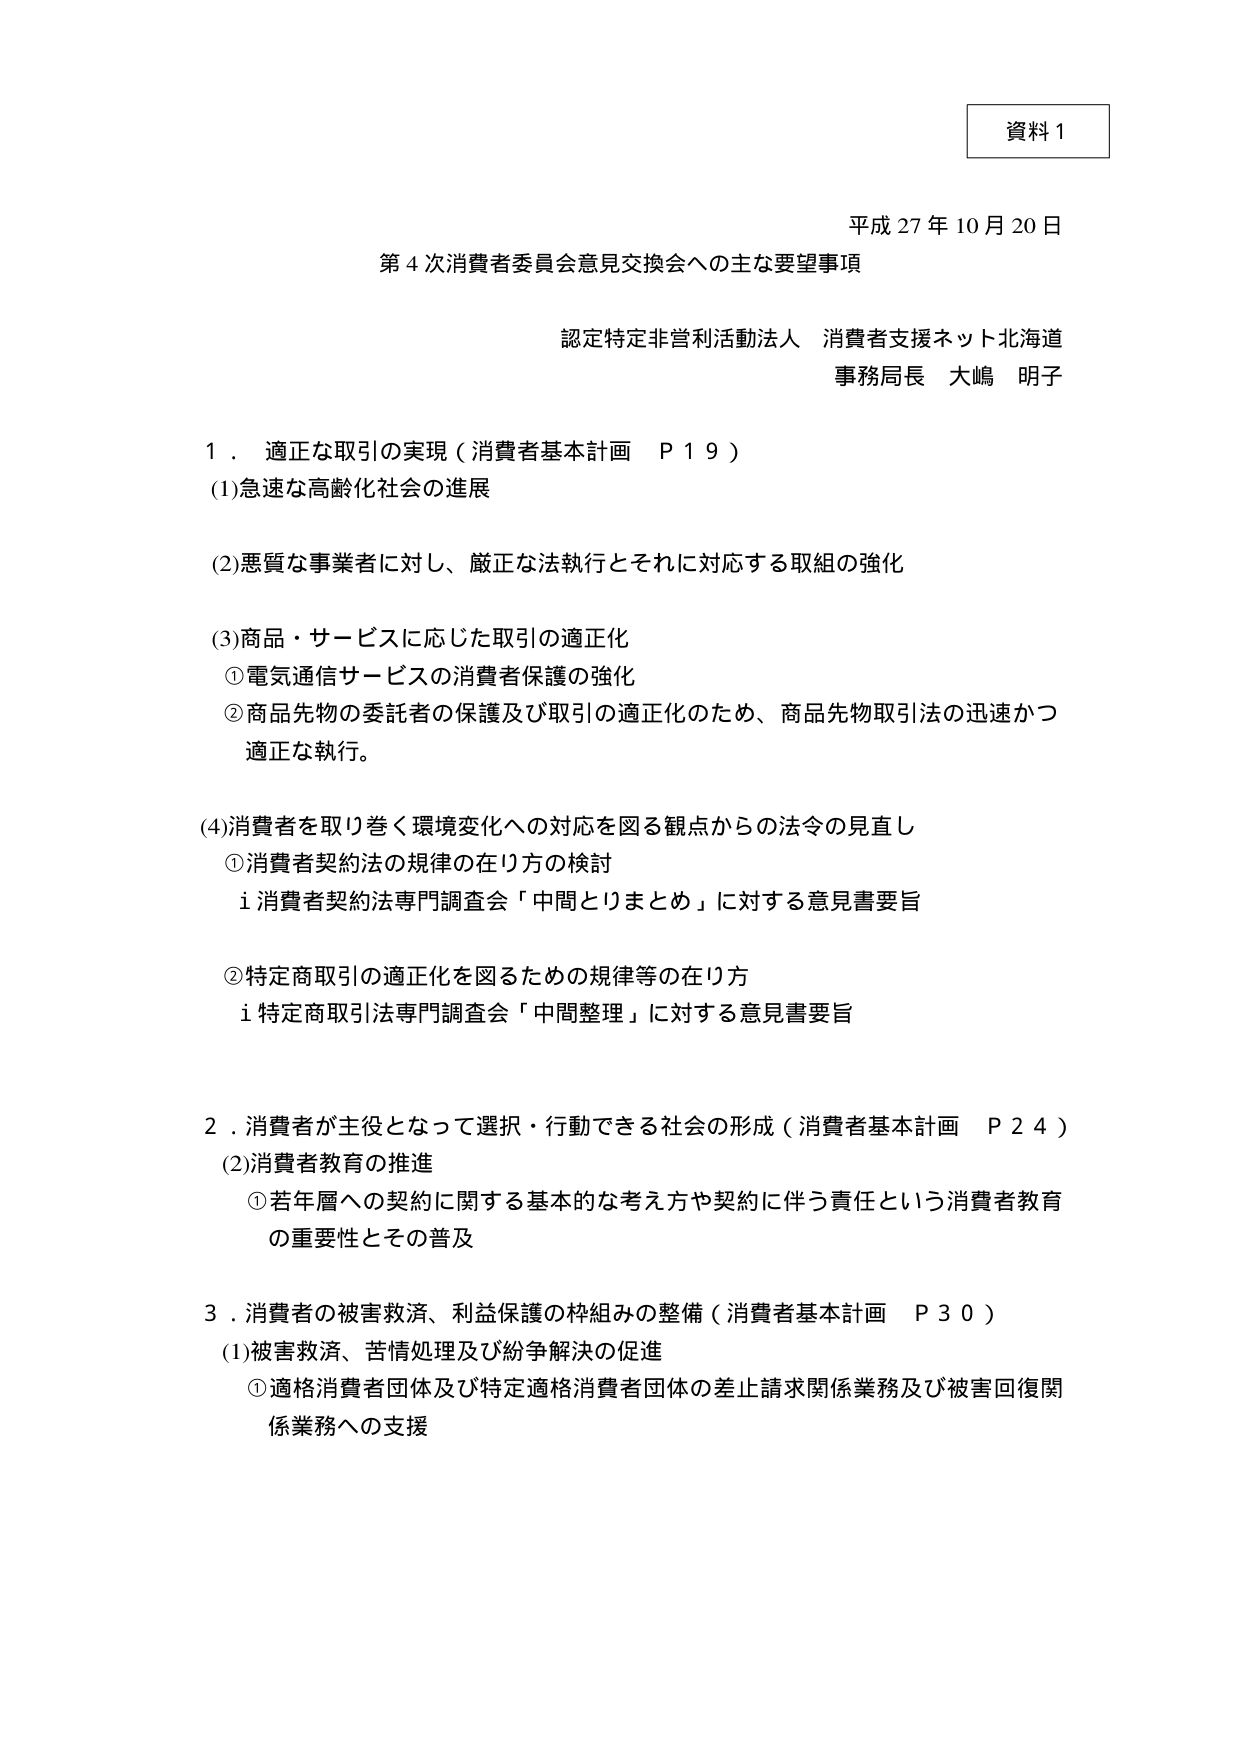
資料１

平成27年10月20日

第4次消費者委員会意見交換会への主な要望事項

認定特定非営利活動法人 消費者支援ネット北海道
事務局長 大嶋 明子

１．適正な取引の実現（消費者基本計画 Ｐ１９）
(1)急速な高齢化社会の進展

(2)悪質な事業者に対し、厳正な法執行とそれに対応する取組の強化

(3)商品・サービスに応じた取引の適正化
　①電気通信サービスの消費者保護の強化
　②商品先物の委託者の保護及び取引の適正化のため、商品先物取引法の迅速かつ適正な執行。

(4)消費者を取り巻く環境変化への対応を図る観点からの法令の見直し
　①消費者契約法の規律の在り方の検討
　　ⅰ消費者契約法専門調査会「中間とりまとめ」に対する意見書要旨

　②特定商取引の適正化を図るための規律等の在り方
　　ⅰ特定商取引法専門調査会「中間整理」に対する意見書要旨

２．消費者が主役となって選択・行動できる社会の形成（消費者基本計画 Ｐ２４）
(2)消費者教育の推進
　①若年層への契約に関する基本的な考え方や契約に伴う責任という消費者教育の重要性とその普及

３．消費者の被害救済、利益保護の枠組みの整備（消費者基本計画 Ｐ３０）
(1)被害救済、苦情処理及び紛争解決の促進
　①適格消費者団体及び特定適格消費者団体の差止請求関係業務及び被害回復関係業務への支援